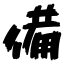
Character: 備